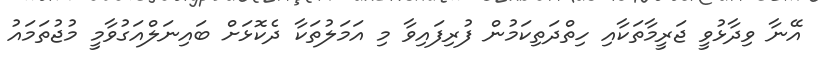
އޭނާ ވިދާޅުވީ ޖަރީމާތަކާއި ހިތްދަތިކަމުން ފުރިފައިވާ މި އަމަލުތަކާ ދެކޮޅަށް ބައިނަލްއަގުވާމީ މުޖުތަމައު